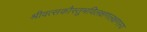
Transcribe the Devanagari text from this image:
श्रीवत्सकौस्तुभविलक्षणलक्षणस्य